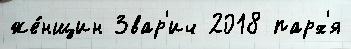
же́нщин Звар'ич 2018 парх'я